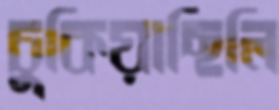
চুকিয়াছিলি